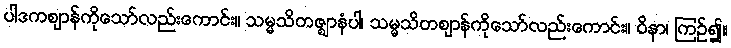
ပါဒကဈာန်ကိုသော်လည်းကောင်း။ သမ္မသိတဇ္ဈာနံပါ၊ သမ္မသိတဈာန်ကိုသော်လည်းကောင်း။ ဝိနာ၊ ကြဉ်၍။